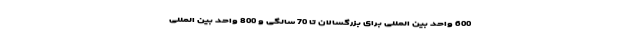
600 واحد بین المللی برای بزرگسالان تا 70 سالگی و 800 واحد بین المللی